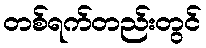
တစ်ရက်တည်းတွင်